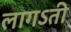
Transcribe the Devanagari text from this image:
लागऽती